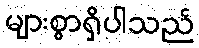
များစွာရှိပါသည်